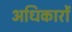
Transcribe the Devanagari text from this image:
अधिकारों